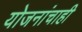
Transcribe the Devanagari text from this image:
योजनांचाही